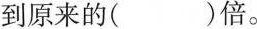
到原来的( )倍。